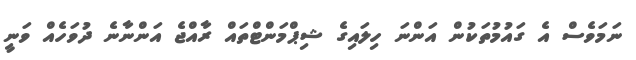
ނަމަވެސް އެ ގައުމުތަކުން އަންނަ ހިލައިގެ ޝިޕްމަންޓްތައް ރާއްޖެ އަންނާނެ ދުވަހެއް ވަނީ